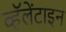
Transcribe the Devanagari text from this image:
व्हॅलेंटाइन